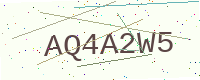
Text: AQ4A2W5